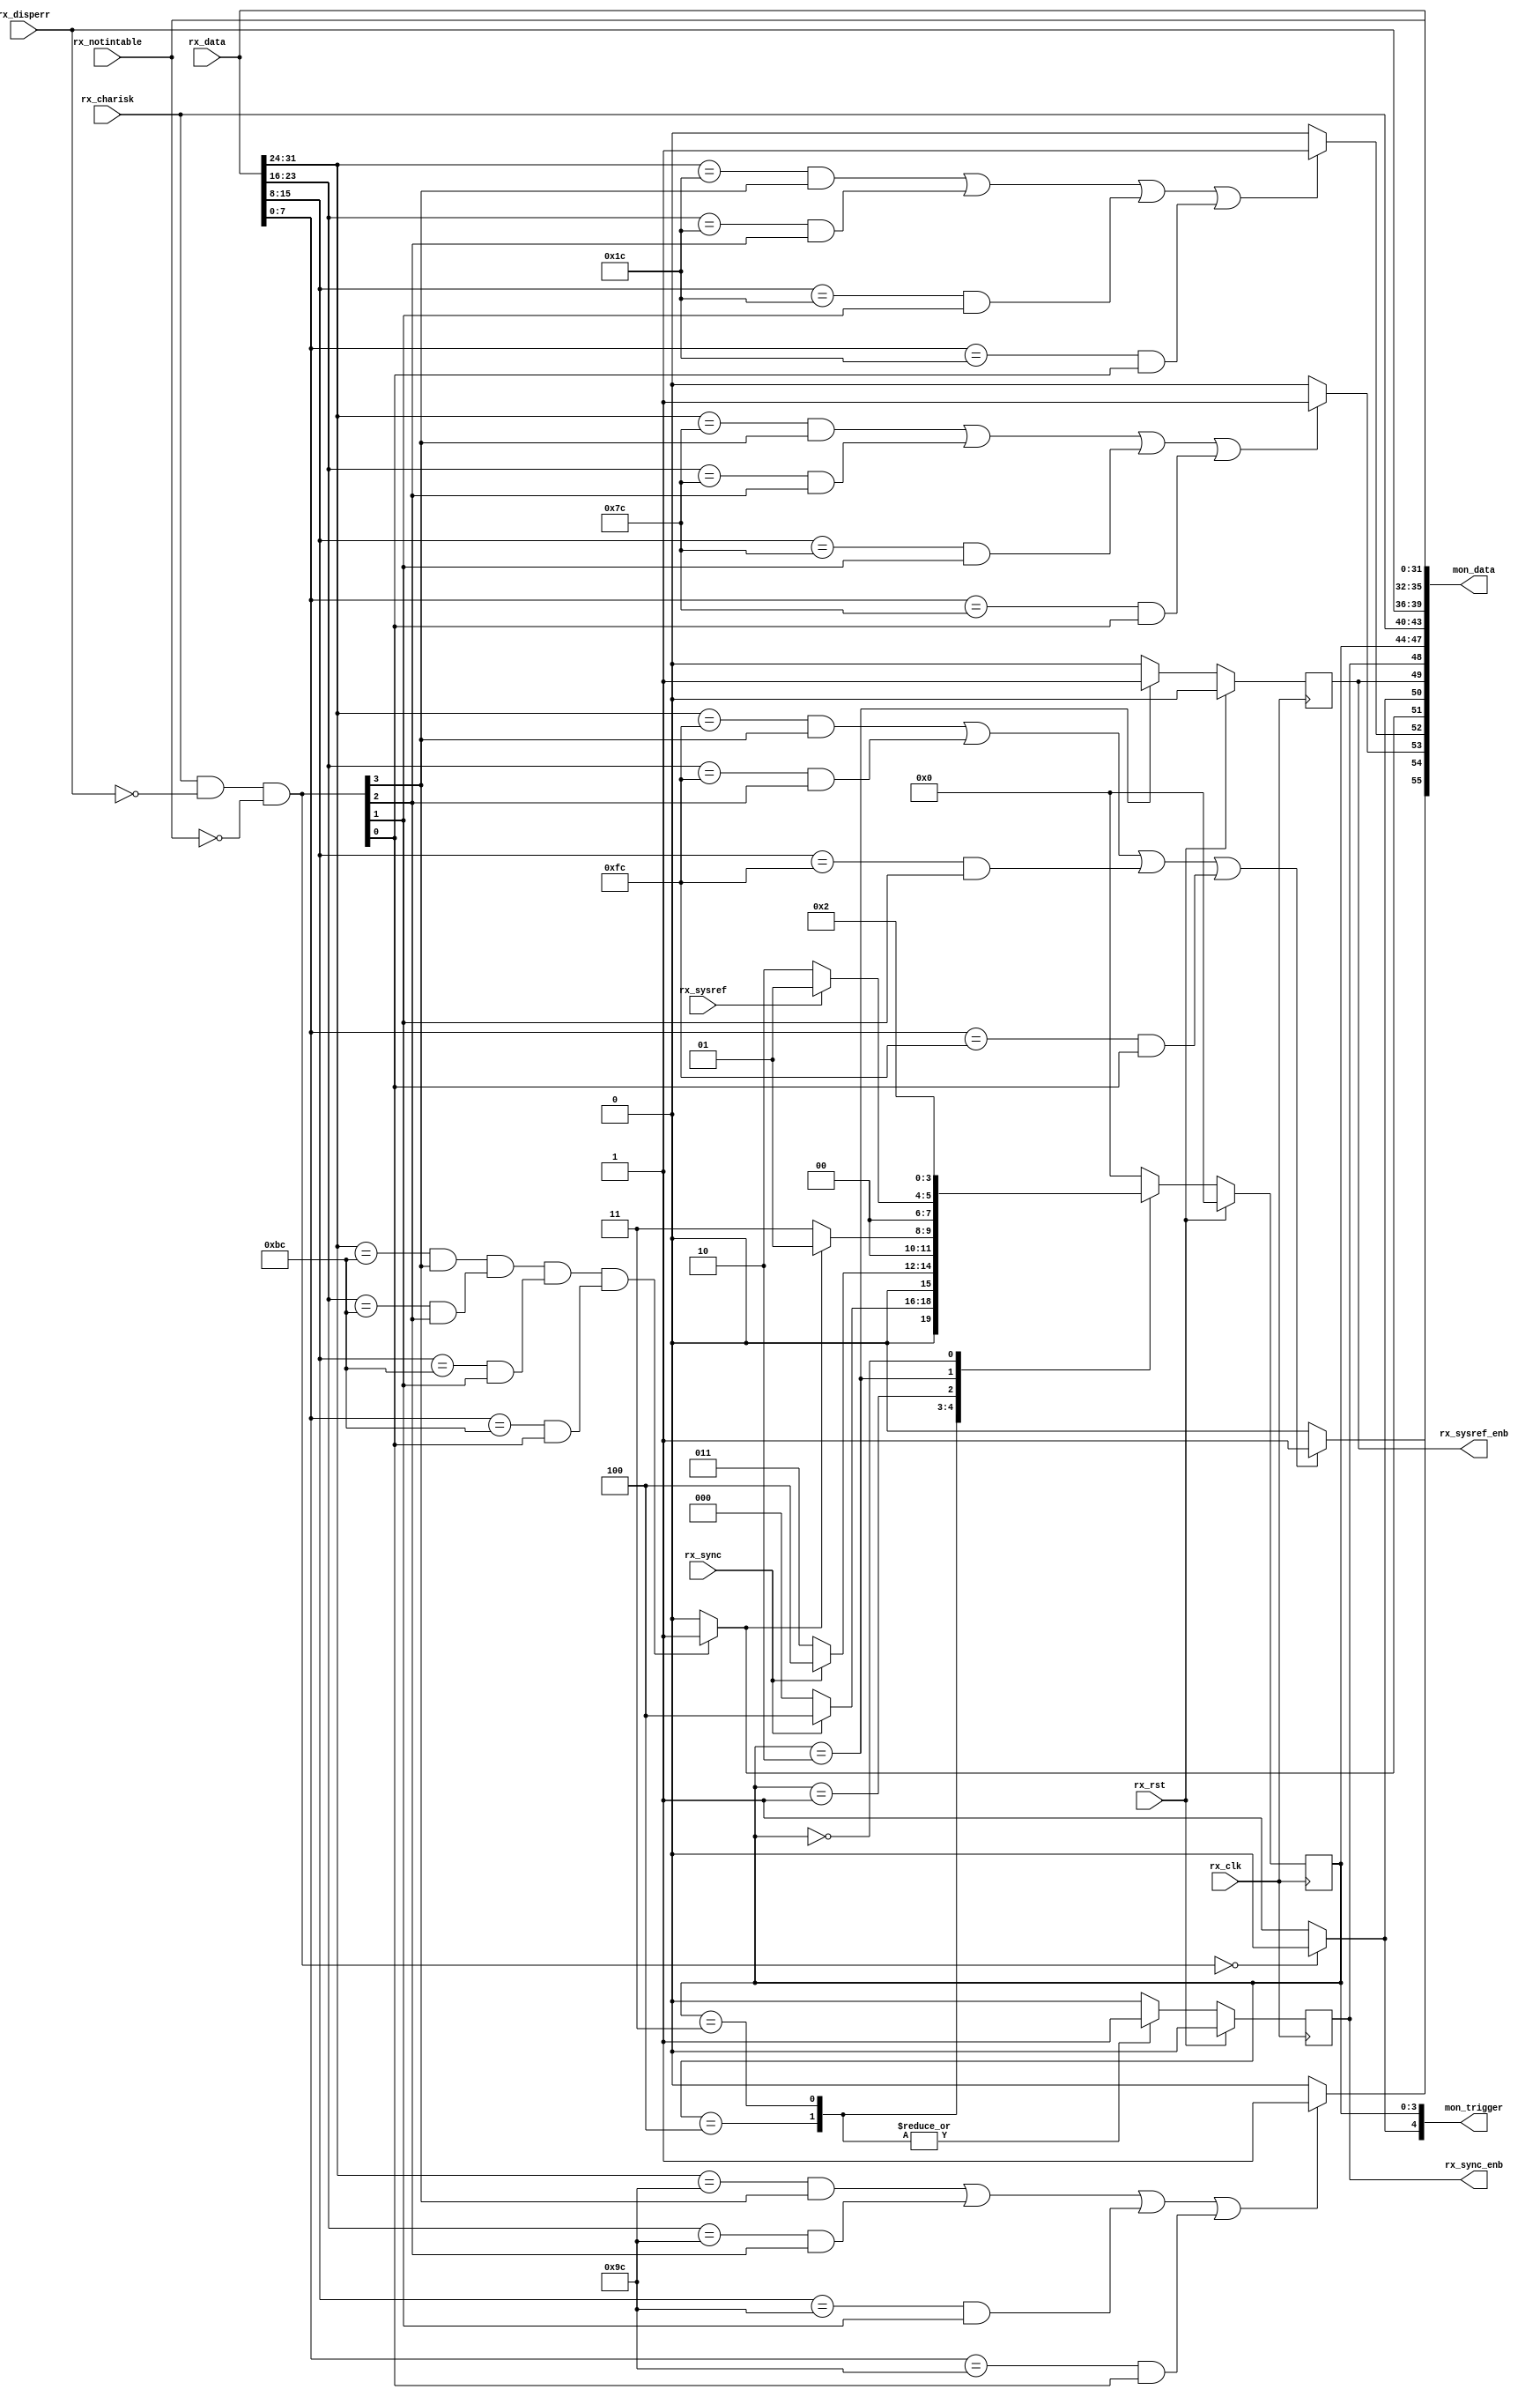
// ***************************************************************************
// ***************************************************************************
// Copyright 2011(c) Analog Devices, Inc.
// 
// All rights reserved.
// 
// Redistribution and use in source and binary forms, with or without modification,
// are permitted provided that the following conditions are met:
//     - Redistributions of source code must retain the above copyright
//       notice, this list of conditions and the following disclaimer.
//     - Redistributions in binary form must reproduce the above copyright
//       notice, this list of conditions and the following disclaimer in
//       the documentation and/or other materials provided with the
//       distribution.
//     - Neither the name of Analog Devices, Inc. nor the names of its
//       contributors may be used to endorse or promote products derived
//       from this software without specific prior written permission.
//     - The use of this software may or may not infringe the patent rights
//       of one or more patent holders.  This license does not release you
//       from the requirement that you obtain separate licenses from these
//       patent holders to use this software.
//     - Use of the software either in source or binary form, must be run
//       on or directly connected to an Analog Devices Inc. component.
//    
// THIS SOFTWARE IS PROVIDED BY ANALOG DEVICES "AS IS" AND ANY EXPRESS OR IMPLIED WARRANTIES,
// INCLUDING, BUT NOT LIMITED TO, NON-INFRINGEMENT, MERCHANTABILITY AND FITNESS FOR A
// PARTICULAR PURPOSE ARE DISCLAIMED.
//
// IN NO EVENT SHALL ANALOG DEVICES BE LIABLE FOR ANY DIRECT, INDIRECT, INCIDENTAL, SPECIAL,
// EXEMPLARY, OR CONSEQUENTIAL DAMAGES (INCLUDING, BUT NOT LIMITED TO, INTELLECTUAL PROPERTY
// RIGHTS, PROCUREMENT OF SUBSTITUTE GOODS OR SERVICES; LOSS OF USE, DATA, OR PROFITS; OR 
// BUSINESS INTERRUPTION) HOWEVER CAUSED AND ON ANY THEORY OF LIABILITY, WHETHER IN CONTRACT,
// STRICT LIABILITY, OR TORT (INCLUDING NEGLIGENCE OR OTHERWISE) ARISING IN ANY WAY OUT OF 
// THE USE OF THIS SOFTWARE, EVEN IF ADVISED OF THE POSSIBILITY OF SUCH DAMAGE.
// ***************************************************************************
// ***************************************************************************

`timescale 1ns/100ps

module ad_jesd_cntrl (

  // gtx interface

  rx_rst,
  rx_clk,
  rx_data,
  rx_charisk,
  rx_disperr,
  rx_notintable,

  // jesd interface

  rx_sysref,
  rx_sync,

  // jesd controls

  rx_sysref_enb,
  rx_sync_enb,

  // monitor signals

  mon_trigger,
  mon_data);

  // gtx interface

  input           rx_rst;
  input           rx_clk;
  input   [31:0]  rx_data;
  input   [ 3:0]  rx_charisk;
  input   [ 3:0]  rx_disperr;
  input   [ 3:0]  rx_notintable;

  // jesd interface

  input           rx_sysref;
  input           rx_sync;

  // jesd controls

  output          rx_sysref_enb;
  output          rx_sync_enb;

  // monitor signals

  output  [ 4:0]  mon_trigger;
  output  [55:0]  mon_data;

  // receive state machine parameters

  localparam  RX_FSM_IDLE     = 4'h0;
  localparam  RX_FSM_CGS      = 4'h1;
  localparam  RX_FSM_SYSREF   = 4'h2;
  localparam  RX_FSM_SYNC     = 4'h3;
  localparam  RX_FSM_DATA     = 4'h4;

  // internal registers

  reg             rx_sysref_enb = 'd0;
  reg             rx_sync_enb = 'd0;
  reg     [ 3:0]  rx_fsm = 'd0;

  // internal signals

  wire            rx_ilas_f_s;
  wire            rx_ilas_q_s;
  wire            rx_ilas_a_s;
  wire            rx_ilas_r_s;
  wire            rx_cgs_k_s;
  wire    [ 3:0]  rx_valid_k_s;
  wire            rx_valid_k_1_s;

  // monitor interface

  assign mon_data[55:55] = rx_ilas_f_s;
  assign mon_data[54:54] = rx_ilas_q_s;
  assign mon_data[53:53] = rx_ilas_a_s;
  assign mon_data[52:52] = rx_ilas_r_s;
  assign mon_data[51:51] = rx_cgs_k_s;
  assign mon_data[50:50] = rx_valid_k_1_s;
  assign mon_data[49:49] = rx_sysref_enb;
  assign mon_data[48:48] = rx_sync_enb;
  assign mon_data[47:44] = rx_fsm;
  assign mon_data[43:40] = rx_charisk;
  assign mon_data[39:36] = rx_disperr;
  assign mon_data[35:32] = rx_notintable;
  assign mon_data[31: 0] = rx_data;

  assign mon_trigger = {rx_valid_k_1_s, rx_fsm};

  // assert sysref and indicate data phase

  always @(posedge rx_clk) begin
    if (rx_rst == 1'b1) begin
      rx_sysref_enb <= 'd0;
      rx_sync_enb <= 'd0;
      rx_fsm <= 'd0;
    end else begin
      case (rx_fsm)
        RX_FSM_DATA: begin // data phase
          rx_sysref_enb <= 'd0;
          rx_sync_enb <= 'd1;
          if (rx_sync == 1'b0) begin
            rx_fsm <= RX_FSM_IDLE;
          end else begin
            rx_fsm <= RX_FSM_DATA;
          end
        end
        RX_FSM_SYNC: begin // sync assertion
          rx_sysref_enb <= 'd0;
          rx_sync_enb <= 'd1;
          if (rx_sync == 1'b1) begin
            rx_fsm <= RX_FSM_DATA;
          end else begin
            rx_fsm <= RX_FSM_SYNC;
          end
        end
        RX_FSM_CGS: begin // check for cgs
          rx_sysref_enb <= 'd0;
          rx_sync_enb <= 'd0;
          if (rx_cgs_k_s == 1'b0) begin
            rx_fsm <= RX_FSM_SYNC;
          end else begin
            rx_fsm <= RX_FSM_CGS;
          end
        end
        RX_FSM_SYSREF: begin // assert sysref
          rx_sysref_enb <= 'd1;
          rx_sync_enb <= 'd0;
          if (rx_sysref == 1'b1) begin
            rx_fsm <= RX_FSM_CGS;
          end else begin
            rx_fsm <= RX_FSM_SYSREF;
          end
        end
        RX_FSM_IDLE: begin // reset done
          rx_sysref_enb <= 'd0;
          rx_sync_enb <= 'd0;
          rx_fsm <= RX_FSM_SYSREF;
        end
        default: begin
          rx_sysref_enb <= 'd0;
          rx_sync_enb <= 'd0;
          rx_fsm <= RX_FSM_IDLE;
        end
      endcase
    end
  end

  // ilas frame characters

  assign rx_ilas_f_s = 
    (((rx_data[31:24] == 8'hfc) && (rx_valid_k_s[ 3] == 1'b1)) ||
     ((rx_data[23:16] == 8'hfc) && (rx_valid_k_s[ 2] == 1'b1)) ||
     ((rx_data[15: 8] == 8'hfc) && (rx_valid_k_s[ 1] == 1'b1)) ||
     ((rx_data[ 7: 0] == 8'hfc) && (rx_valid_k_s[ 0] == 1'b1))) ? 1'b1 : 1'b0;

  assign rx_ilas_q_s = 
    (((rx_data[31:24] == 8'h9c) && (rx_valid_k_s[ 3] == 1'b1)) ||
     ((rx_data[23:16] == 8'h9c) && (rx_valid_k_s[ 2] == 1'b1)) ||
     ((rx_data[15: 8] == 8'h9c) && (rx_valid_k_s[ 1] == 1'b1)) ||
     ((rx_data[ 7: 0] == 8'h9c) && (rx_valid_k_s[ 0] == 1'b1))) ? 1'b1 : 1'b0;

  assign rx_ilas_a_s = 
    (((rx_data[31:24] == 8'h7c) && (rx_valid_k_s[ 3] == 1'b1)) ||
     ((rx_data[23:16] == 8'h7c) && (rx_valid_k_s[ 2] == 1'b1)) ||
     ((rx_data[15: 8] == 8'h7c) && (rx_valid_k_s[ 1] == 1'b1)) ||
     ((rx_data[ 7: 0] == 8'h7c) && (rx_valid_k_s[ 0] == 1'b1))) ? 1'b1 : 1'b0;

  assign rx_ilas_r_s = 
    (((rx_data[31:24] == 8'h1c) && (rx_valid_k_s[ 3] == 1'b1)) ||
     ((rx_data[23:16] == 8'h1c) && (rx_valid_k_s[ 2] == 1'b1)) ||
     ((rx_data[15: 8] == 8'h1c) && (rx_valid_k_s[ 1] == 1'b1)) ||
     ((rx_data[ 7: 0] == 8'h1c) && (rx_valid_k_s[ 0] == 1'b1))) ? 1'b1 : 1'b0;

  assign rx_cgs_k_s = 
    (((rx_data[31:24] == 8'hbc) && (rx_valid_k_s[ 3] == 1'b1)) &&
     ((rx_data[23:16] == 8'hbc) && (rx_valid_k_s[ 2] == 1'b1)) &&
     ((rx_data[15: 8] == 8'hbc) && (rx_valid_k_s[ 1] == 1'b1)) &&
     ((rx_data[ 7: 0] == 8'hbc) && (rx_valid_k_s[ 0] == 1'b1))) ? 1'b1 : 1'b0;

  // validate all characters

  assign rx_valid_k_s = rx_charisk & (~rx_disperr) & (~rx_notintable);
  assign rx_valid_k_1_s = (rx_valid_k_s == 4'd0) ? 1'b0 : 1'b1;

endmodule

// ***************************************************************************
// ***************************************************************************